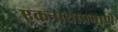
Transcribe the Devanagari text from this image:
एकनाथाप्रमाणे